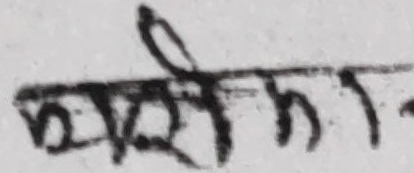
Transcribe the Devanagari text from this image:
धरम